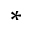
\ast